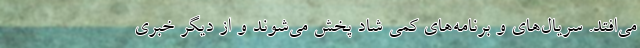
می‌افتد. سریال‌های و برنامه‌های کمی شاد پخش می‌شوند و از دیگر خبری